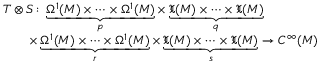
\begin{array} { r l } & { T \otimes S \colon \underbrace { \Omega ^ { 1 } ( M ) \times \cdots \times \Omega ^ { 1 } ( M ) } _ { p } \times \underbrace { \mathfrak { X } ( M ) \times \cdots \times \mathfrak { X } ( M ) } _ { q } } \\ & { \qquad \times \underbrace { \Omega ^ { 1 } ( M ) \times \cdots \times \Omega ^ { 1 } ( M ) } _ { r } \times \underbrace { \mathfrak { X } ( M ) \times \cdots \times \mathfrak { X } ( M ) } _ { s } \rightarrow C ^ { \infty } ( M ) } \end{array}